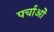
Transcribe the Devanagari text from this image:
पर्चाओं